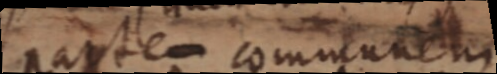
partem communem